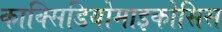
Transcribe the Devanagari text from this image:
काक्सिडियोमाइकोसिस